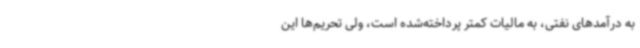
به درآمدهای نفتی، به مالیات کمتر پرداخته‌شده است، ولی تحریم‌ها این